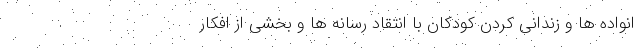
انواده ها و زندانی کردن کودکان با انتقاد رسانه ها و بخشی از افکار